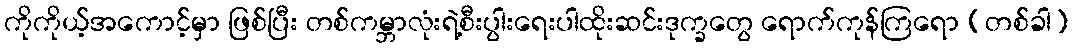
ကိုကိုယ့်အကောင့်မှာ ဖြစ်ပြီး တစ်ကမ္ဘာလုံးရဲ့စီးပွါးရေးပါထိုးဆင်းဒုက္ခတွေ ရောက်ကုန်ကြရော (တစ်ခါ)